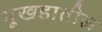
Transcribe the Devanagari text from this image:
भूखडातील